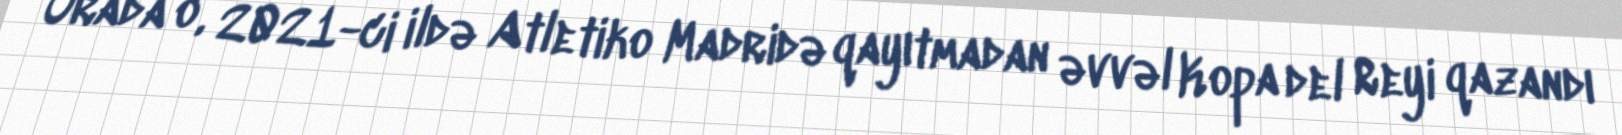
Orada o, 2021-ci ildə Atletiko Madridə qayıtmadan əvvəl Kopa del Reyi qazandı